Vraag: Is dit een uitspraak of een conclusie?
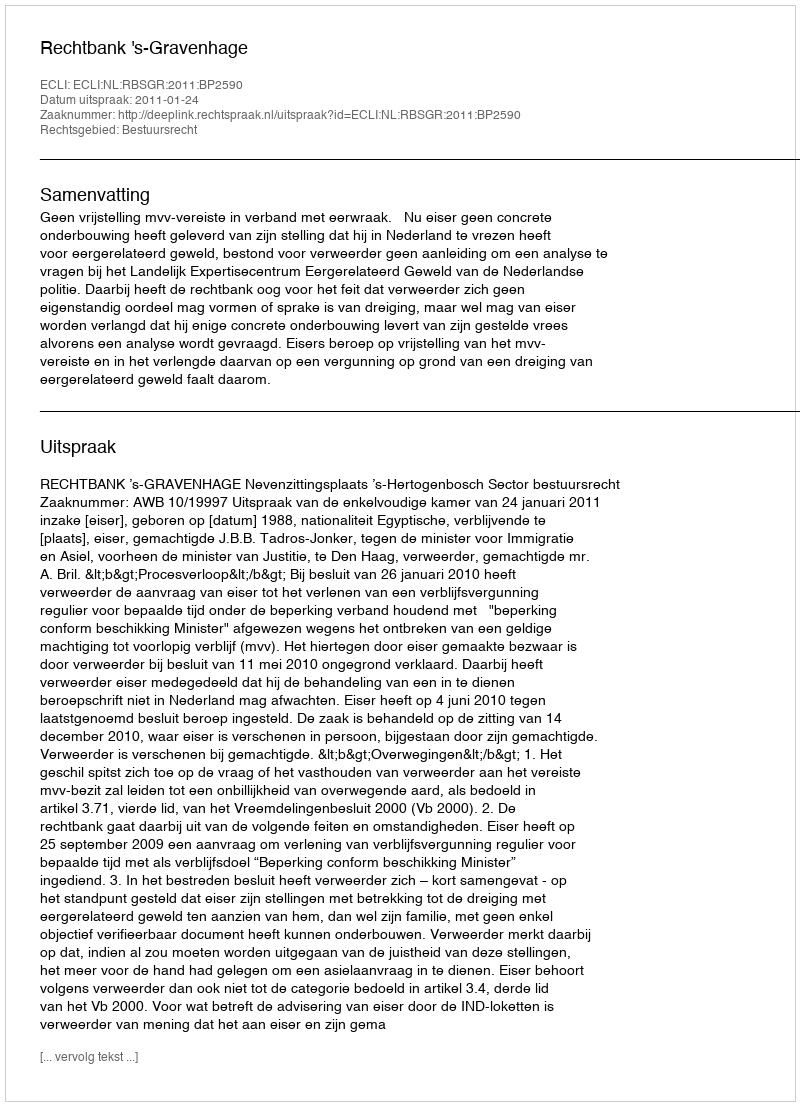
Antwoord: Uitspraak